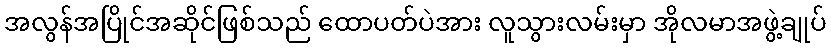
အလွန်အပြိုင်အဆိုင်ဖြစ်သည် ထောပတ်ပဲအား လူသွားလမ်းမှာ အိုလမာအဖွဲ့ချုပ်